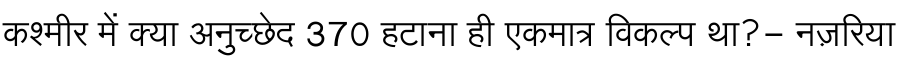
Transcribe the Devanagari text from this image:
कश्मीर में क्या अनुच्छेद 370 हटाना ही एकमात्र विकल्प था?- नज़रिया